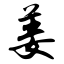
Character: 姜